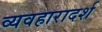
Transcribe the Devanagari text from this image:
व्‍यवहारादर्श